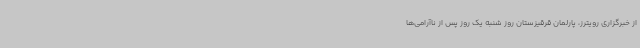
از خبرگزاری رویترز، پارلمان قرقیزستان روز شنبه یک روز پس از ناآرامی‌ها